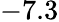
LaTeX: -7.3